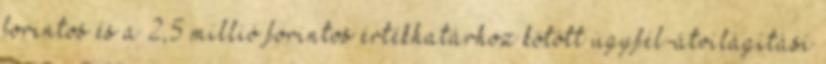
forintos és a 2,5 millió forintos értékhatárhoz kötött ügyfél-átvilágítási